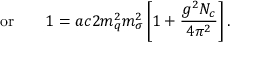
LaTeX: \mathrm { o r } \qquad 1 = a c { 2 m _ { q } ^ { 2 } } { m _ { \sigma } ^ { 2 } } \left[ 1 + \frac { g ^ { 2 } N _ { c } } { 4 \pi ^ { 2 } } \right] .